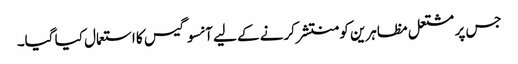
جس پر مشتعل مظاہرین کو منتشر کرنے کے لیے آنسو گیس کا استعمال کیا گیا۔